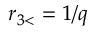
r _ { 3 < } = 1 / q